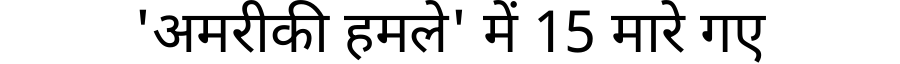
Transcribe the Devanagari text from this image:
'अमरीकी हमले' में 15 मारे गए